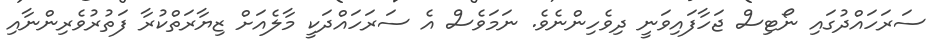
ސަރަހައްދުގައި ނޯޓިސް ޖަހާފައިވަނީ ދިވެހިންނެވެ. ނަމަވެސް އެ ސަރަހައްދަކީ މާލެއަށް ޒިޔާރަތްކުރާ ފަތުރުވެރިންނާއި